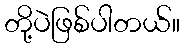
တို့ပဲဖြစ်ပါတယ်။